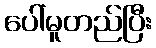
ပေါ်မူတည်ပြီး